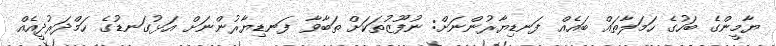
ޔާމީންގެ ބަހުގެ ހަމަލާތައް ބައެއް ފަނޑިޔާރުންނަށް: ނުފޫޒުތަކަށް ތަބާވާ ފަނޑިޔާރުންނަށް އަޅުގަނޑުގެ ހަމްދަރުދީއެއް